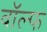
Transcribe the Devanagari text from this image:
वॉल्फ